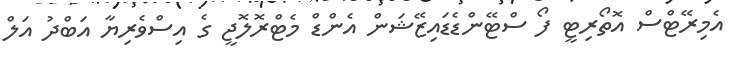
އެމިރޭޓްސް އޮތޯރިޓީ ފޯ ސްޓޭންޑެޑައިޒޭޝަން އެންޑް މެޓްރޮލޮޖީ ގެ އިސްވެރިޔާ އަބްދު އަލް